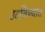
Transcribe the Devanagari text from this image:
उठविण्यात